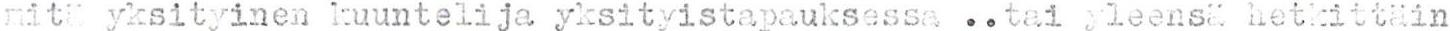
mitä yksityinen kuuntelija yksityistapauksessa ..tai yleensä hetkittäin